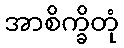
အာစိက္ခိတုံ